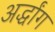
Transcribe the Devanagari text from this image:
अर्द्धांग